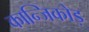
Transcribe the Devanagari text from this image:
कान्जिकोड़